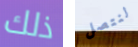
ذلك لنتصل